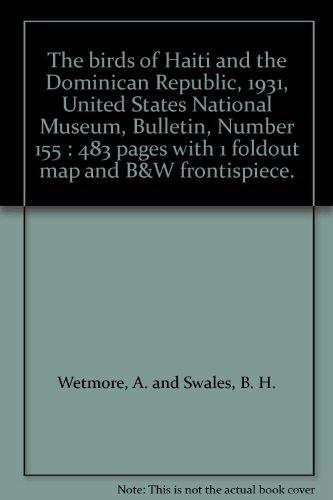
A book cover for The birds of Haiti and the Dominican Republic, 1931, United States National Museum, Bulletin, Number 155 : 483 pages with 1 foldout map and B&W frontispiece.; A. and Swales, B. H. Wetmore; Travel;